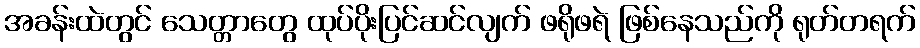
အခန်းထဲတွင် သေတ္တာတွေ ထုပ်ပိုးပြင်ဆင်လျက် ဖရိုဖရဲ ဖြစ်နေသည်ကို ရုတ်တရက်